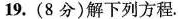
19.(8分)解下列方程.